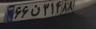
۶۶ن۳۱۴۸۸